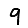
Digit: 9